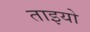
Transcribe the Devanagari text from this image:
ताइयो